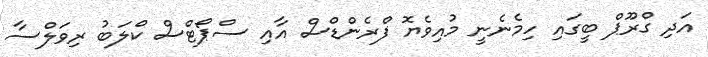
އަދި ގްރޫޕް ބީގައި ހިމެނެނީ މުއިވެޔޮ ފްރެންޑްސް އާއި ސްޕޯޓްސް ކްލަބު ރިވަލްސާ